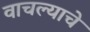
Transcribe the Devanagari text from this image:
वाचल्याचे